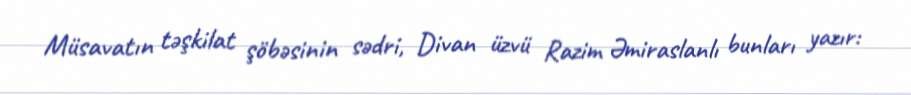
Müsavatın təşkilat şöbəsinin sədri, Divan üzvü Razim Əmiraslanlı bunları yazır: